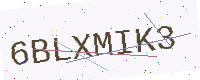
Text: 6BLXMIK3